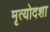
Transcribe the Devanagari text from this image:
मृत्योदशा